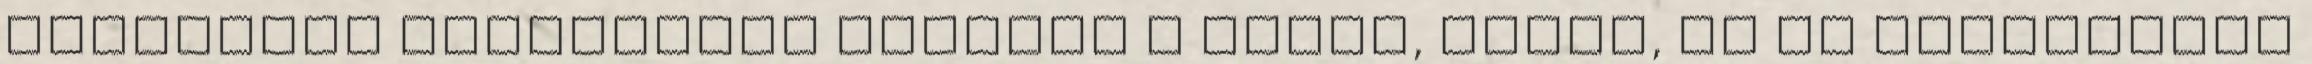
barnarizs csodálatos előnyei a bőrre, hajra, és az egészségre